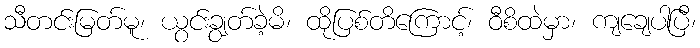
သီတင်းမြတ်မူ၊ ယွင်းချွတ်ခဲ့မိ၊ ထိုပြစ်တိကြောင့်၊ ဝီစိထဲမှာ၊ ကျချေပါပြီ၊